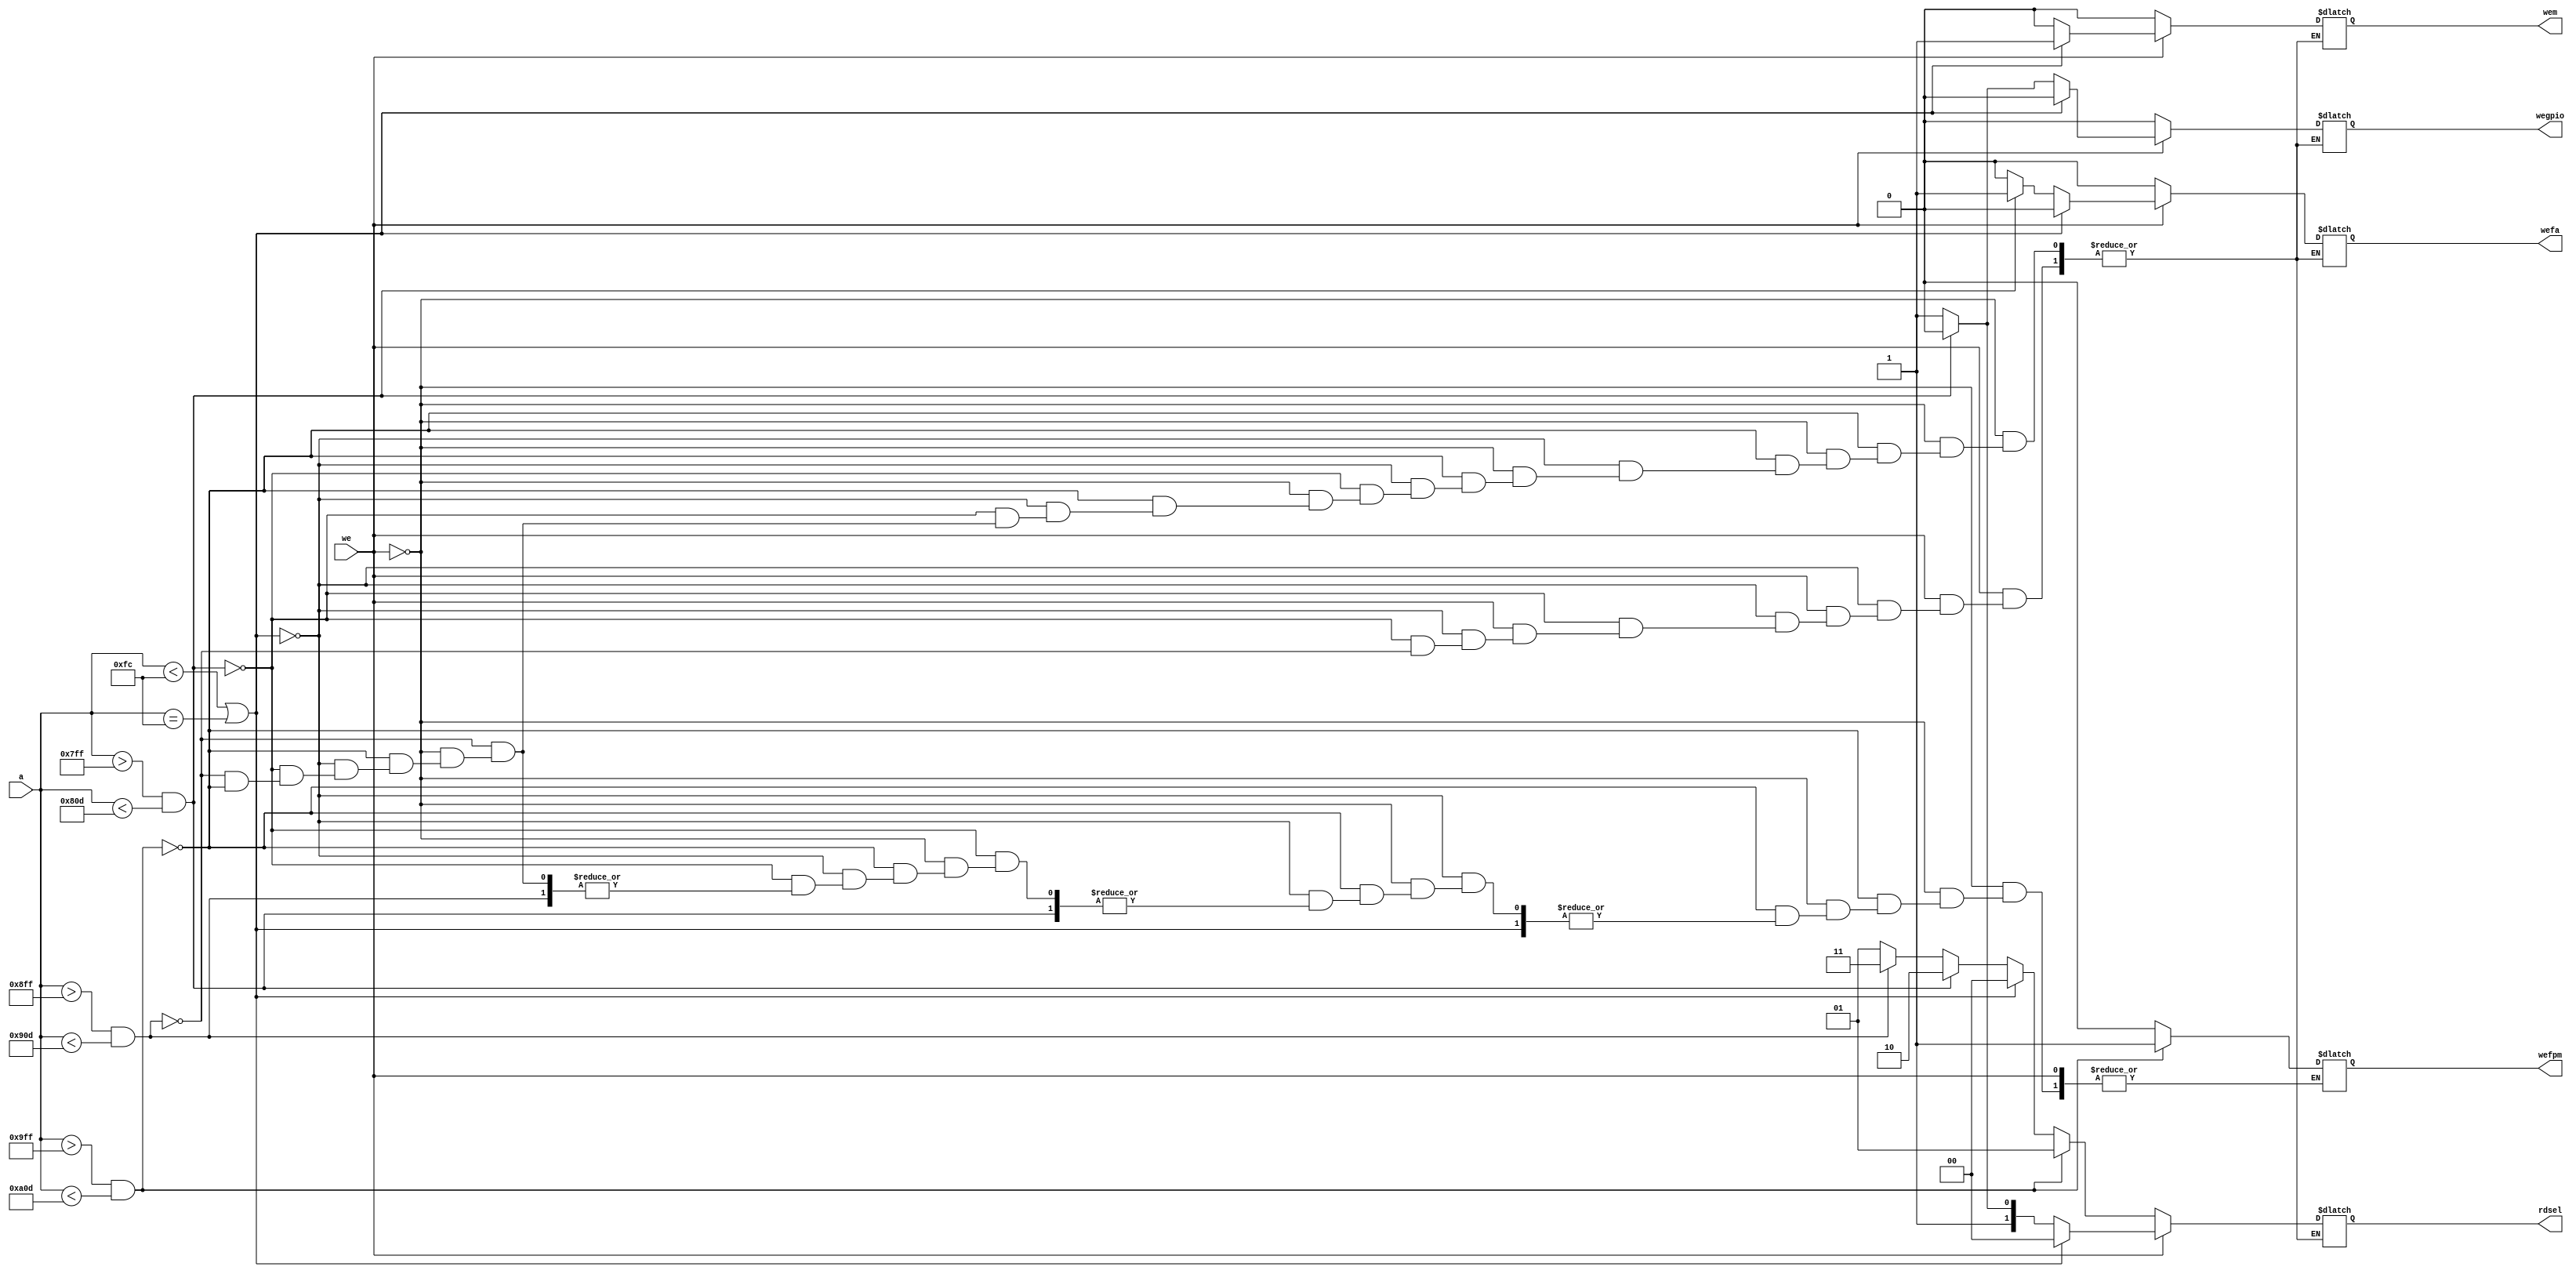
`timescale 1ns / 1ps

module addressdecoder(
input [31:0] a,
input we,
output reg wefa,
output reg wegpio,
output reg wem,
output reg wefpm,
output reg [1:0] rdsel
    ); 
always@(*)
begin
if(we)
    begin
    if(a < 32'h000000fc || a == 32'h000000fc)
        begin
        wem=1;
        wefa=0;
        wegpio=0;
        rdsel=2'b00;
        end
    else if (a > 32'h000007ff && a < 32'h0000080d)
        begin
        wem=0;
        wefa=1;
        wegpio=0;
        rdsel=2'b10;
        end
    else if (a > 32'h000008ff && a < 32'h0000090d)
        begin
        wem=0;
        wefa=0;
        wegpio=1;
        rdsel=2'b11;
        end
    end
    else if (a > 32'h000009ff && a < 32'h00000a0d)
        begin
        wem=0;
        wefa=0;
        wegpio=0;
        wefpm=1;
        rdsel=2'b01;
        end     
else
    begin
    if(a < 32'h000000fc || a == 32'h000000fc)
        begin
        wem=0;
        wefa=0;
        wegpio=0;
        rdsel=2'b00;
        end
    else if (a > 32'h000007ff && a < 32'h0000080d)
        begin
        wem=0;
        wefa=0;
        wegpio=0;
        rdsel=2'b10;
        end
    else if (a > 32'h000008ff && a < 32'h0000090d)
        begin
        wem=0;
        wefa=0;
        wegpio=0;
        rdsel=2'b11;
        end
    else if (a > 32'h000009ff && a < 32'h00000a0d)
        begin
        wem=0;
        wefa=0;
        wegpio=0;
        wefpm=0;
        rdsel=2'b01;
        end                
    end
end
endmodule